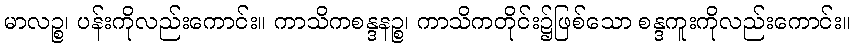
မာလဉ္စ၊ ပန်းကိုလည်းကောင်း။ ကာသိကစန္ဒနဉ္စ၊ ကာသိကတိုင်း၌ဖြစ်သော စန္ဒကူးကိုလည်းကောင်း။